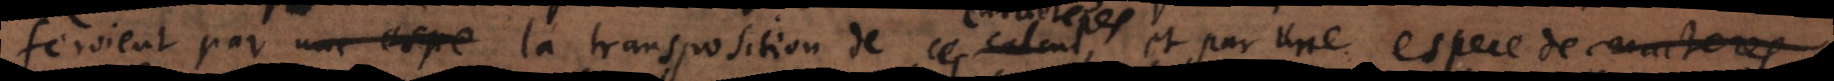
feroient par une espece la transposition de ce caracteres calcul ces caracteres,